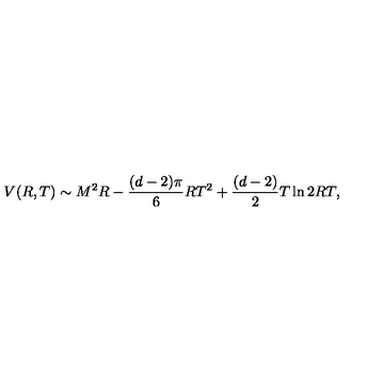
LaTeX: V ( R , T ) \sim M ^ { 2 } R - \frac { ( d - 2 ) \pi } { 6 } R T ^ { 2 } + \frac { ( d - 2 ) } { 2 } T \ln 2 R T ,